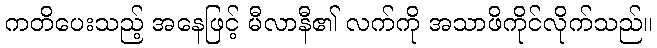
ကတိပေးသည့် အနေဖြင့် မီလာနီ၏ လက်ကို အသာဖိကိုင်လိုက်သည်။